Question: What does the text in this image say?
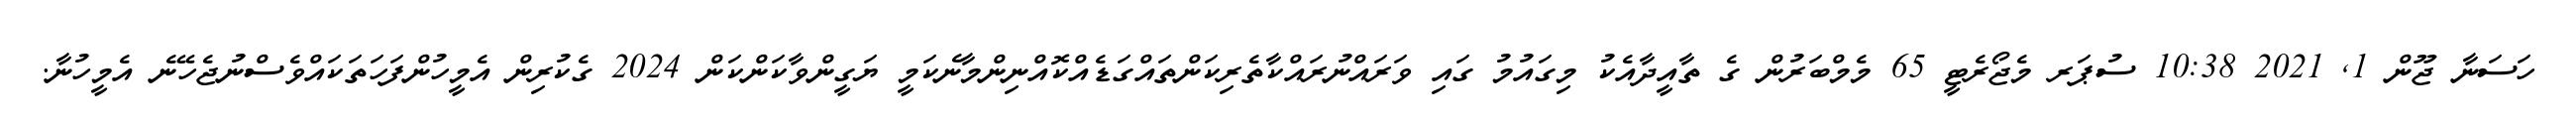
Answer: ހަސަނާ ޖޫން 1, 2021 10:38 ސުޕަރ މެޖޯރެޓީ 65 މެމްބަރުން ގެ ތާއީދާއެކު މިގައުމު ގައި ވަރައްނުރައްކާތެރިކަންތައްގަޑެއްކޮއްނިންމާނެކަމީ ޔަގީންވާކަންކަން 2024 ގެކުރިން އެމީހުންފަހަތަކައްވެސްނުޖެހޭނެ އެމީހުނާ.